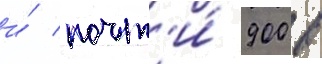
и́ почт'и́ 900 в